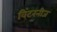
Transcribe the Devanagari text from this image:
विंटरनीज